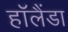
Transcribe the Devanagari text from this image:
हॉलैंडा